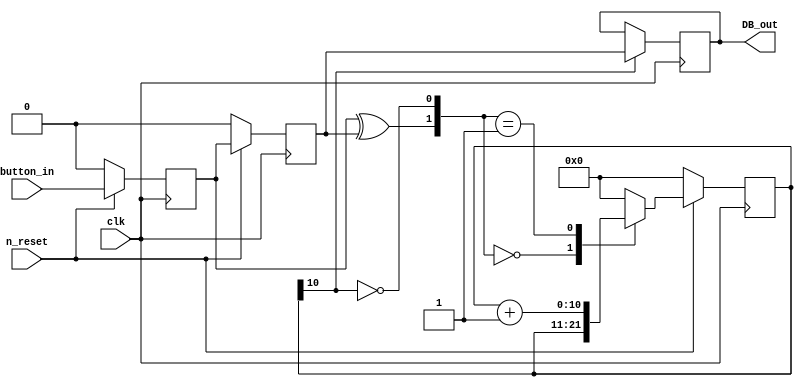
module debounce(
    input clk, n_reset, button_in,
    output reg DB_out
);

// internal constants
parameter N = 11;

// timing regs
reg [N-1:0] q_reg;
reg [N-1:0] q_next;

// input flip-flop
reg DFF1, DFF2;

// control flags
// counter++  counter reset
wire q_add;
wire q_reset;

// continous assignment for counter control
// xor input flip flops to look for level change to reset counter
assign q_reset = (DFF1^DFF2);

// add to counter when q_reg msb is equl to 0
//   1  
assign q_add = ~(q_reg[N-1]); 

// combinational logic to manage q_next
always @(*) begin
    case({q_reset, q_add})
    2'b00: q_next = q_reg;
    2'b01: q_next = q_reg +1;
    default: q_next = { N{1'b0}};
    // default  10 or 11 = reset 1.
    // counter 0 .
    endcase
end

// Flip flop inputs and q_reg update
always @(posedge clk) begin
    if(n_reset == 1'b0) begin
        DFF1 <= 1'b0;
        DFF2 <= 1'b0;
        q_reg <= { N{1'b0}};
    end
    else begin
        DFF1 <= button_in;
        DFF2 <= DFF1;
        q_reg <= q_next;
    end
end

// counter control
always @(posedge clk) begin
    if(q_reg[N-1] == 1'b1)
        DB_out <= DFF2;
    else
        DB_out <= DB_out;
end



endmodule // debounce